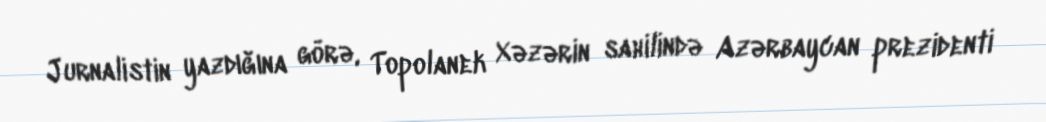
Jurnalistin yazdığına görə, Topolanek Xəzərin sahilində Azərbaycan prezidenti